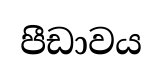
පීඩාවය